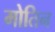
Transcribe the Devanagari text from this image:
मोतिन